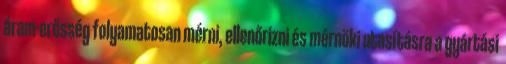
áram-erősség folyamatosan mérni, ellenőrizni és mérnöki utasításra a gyártási